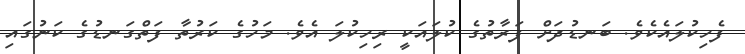
ފެހިކުލައެކެވެ. ބަނޑުދަށް ފަރާތުގެ ކުލައަކީ ރިހިކުލަ އެވެ. މަހުގެ ކަރުތާ ފަތްގަނޑުގެ ކަނުގައި